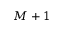
M + 1